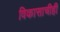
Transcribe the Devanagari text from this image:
विकासाचीही